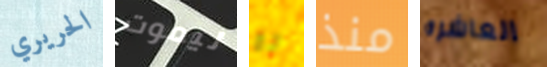
الحريري ليموت ون منذ العاشره